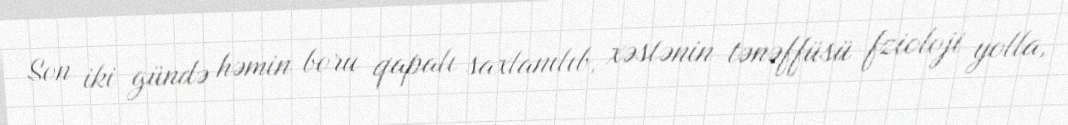
Son iki gündə həmin boru qapalı saxlanılıb, xəstənin tənəffüsü fzioloji yolla,